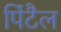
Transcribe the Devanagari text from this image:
पिंटैल